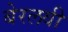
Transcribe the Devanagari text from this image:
बेरलवी